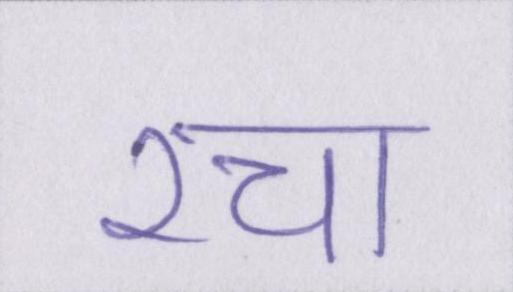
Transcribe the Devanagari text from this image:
रचा